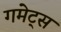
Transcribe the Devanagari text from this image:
गमेट्स